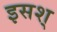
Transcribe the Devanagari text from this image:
इसश्